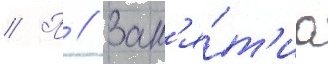
// П // Зан'я́т'иа